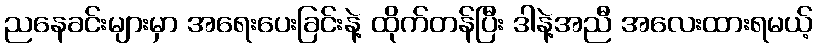
ညနေခင်းများမှာ အရေးပေးခြင်းနဲ့ ထိုက်တန်ပြီး ဒါနဲ့အညီ အလေးထားရမယ့်